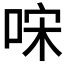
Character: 𠳼